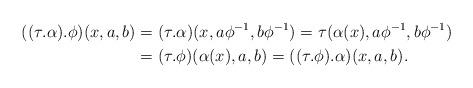
LaTeX: \begin{align*}((\tau.\alpha).\phi)(x,a,b)&=(\tau.\alpha)(x,a\phi^{-1},b\phi^{-1})=\tau(\alpha(x),a\phi^{-1},b\phi^{-1})\\&=(\tau.\phi)(\alpha(x),a,b)=((\tau.\phi).\alpha)(x,a,b).\end{align*}